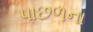
પાછળના